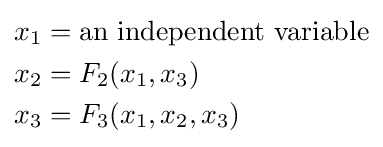
{\begin{aligned}x_{\mathrm {1} }&={\text{an independent variable}}\\x_{\mathrm {2} }&=F_{2}(x_{\mathrm {1} },x_{\mathrm {3} })\\x_{\mathrm {3} }&=F_{3}(x_{\mathrm {1} },x_{\mathrm {2} },x_{\mathrm {3} })\\\end{aligned}}